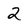
Character: 2